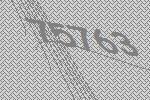
75763